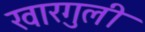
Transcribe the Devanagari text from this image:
खारगुली